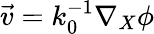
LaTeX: \vec{v}=k_{0}^{-1}\nabla_{X}\phi